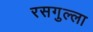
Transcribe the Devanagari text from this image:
रसगुल्‍ला